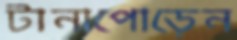
টানাপোড়েন